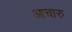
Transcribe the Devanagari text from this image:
आचारु